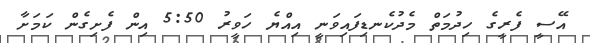
އޭސީ ފެރީގެ ހިދުމަތް މެދުކެނޑިފައިވަނީ އިއްޔެ ހަވީރު 5:50 އިން ފެށިގެން ކަމަށާ